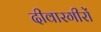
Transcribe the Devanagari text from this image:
दीवारगीरों